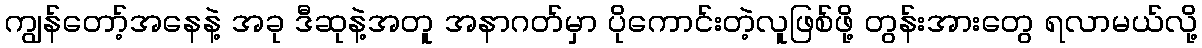
ကျွန်တော့်အနေနဲ့ အခု ဒီဆုနဲ့အတူ အနာဂတ်မှာ ပိုကောင်းတဲ့လူဖြစ်ဖို့ တွန်းအားတွေ ရလာမယ်လို့